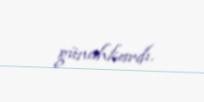
günahkardı.